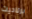
برناديت